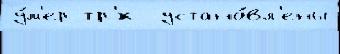
у́м'ер тр'́х  устано́вл'ены